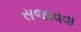
સજાવવા